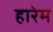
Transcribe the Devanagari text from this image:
हारेम